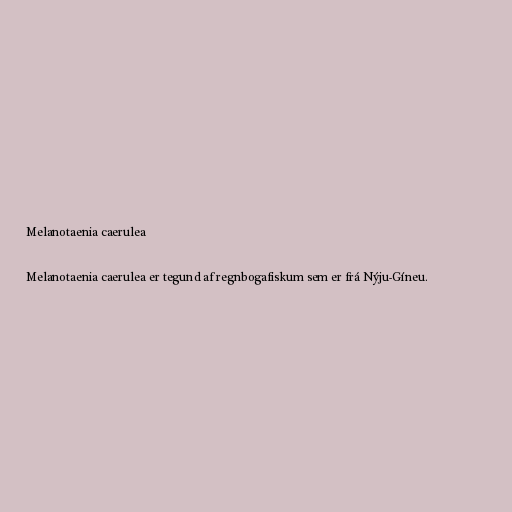
Melanotaenia caerulea

Melanotaenia caerulea er tegund af regnbogafiskum sem er frá Nýju-Gíneu.